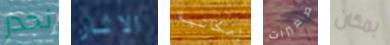
نحذر الاثار إمكانية صغيرات بمكان